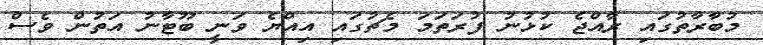
މުބާރާތުގައި ރާއްޖެ ކުޅުނު ފުރަތަމަ މެޗުގައި އިއްޔެ ވަނީ ބޫޓާނު އަތުން ވެސް